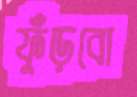
ফুঁড়বো